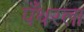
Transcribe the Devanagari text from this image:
पँथरला